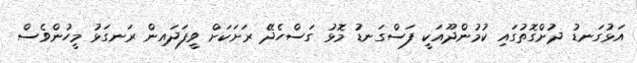
އަޅުގަނޑު ދުށްގޮތުގައި ކުމުންދޫއަކީ ފަސްގަނޑު މޮޅު ގަސްހެދޭ ރަށަކަށް ވީފަދައިން ރަނގަޅު މީހުންވެސް